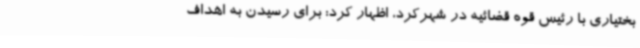
بختیاری با رئیس قوه قضائیه در شهرکرد، اظهار کرد: برای رسیدن به اهداف